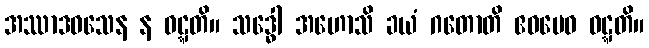
အဿာဒဝသေန န ဝဋ္ဋတိ။ သဒ္ဓေါ အဟောသိ ခယံ ဂတောတိ ဧဝမေဝ ဝဋ္ဋတိ။